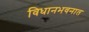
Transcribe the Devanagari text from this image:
विधानभवनात